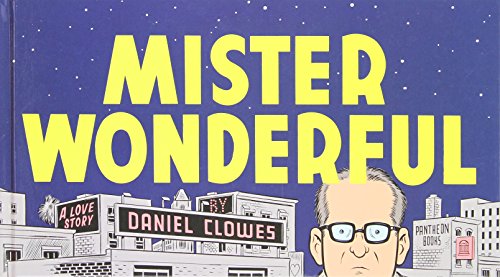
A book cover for Mister Wonderful: A Love Story; Daniel Clowes; Comics & Graphic Novels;